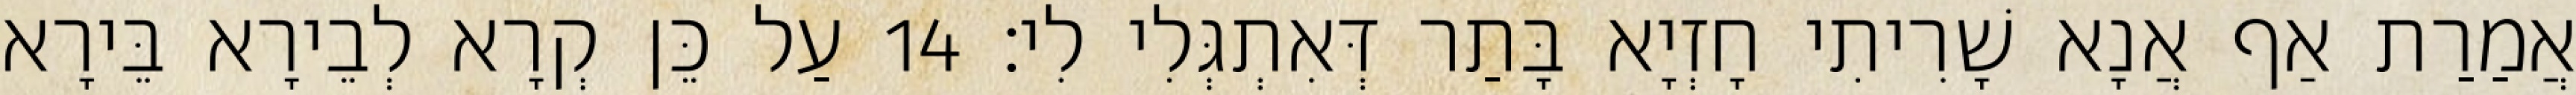
אֲמַרַת אַף אֲנָא שָׁרִיתִי חָזְיָא בָּתַר דְּאִתְגְּלִי לִי׃ 14 עַל כֵּן קְרָא לְבֵירָא בֵּירָא